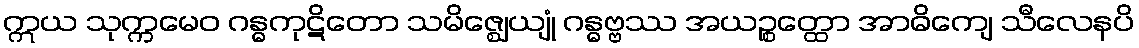
ဣယ သုက္ကမေဝ ဂန္ဓကုဋိတော သမိဇ္ဈေယျုံ ဂန္ဓဗ္ဗဿ အယဉ္စတ္ထော အာဓိကျေ သီလေနပိ